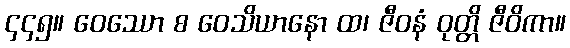
၄၄၅။ ဝေဿော စ ဝေသိယာနော ထ၊ ဇီဝနံ ဝုတ္တိ ဇီဝိကာ။